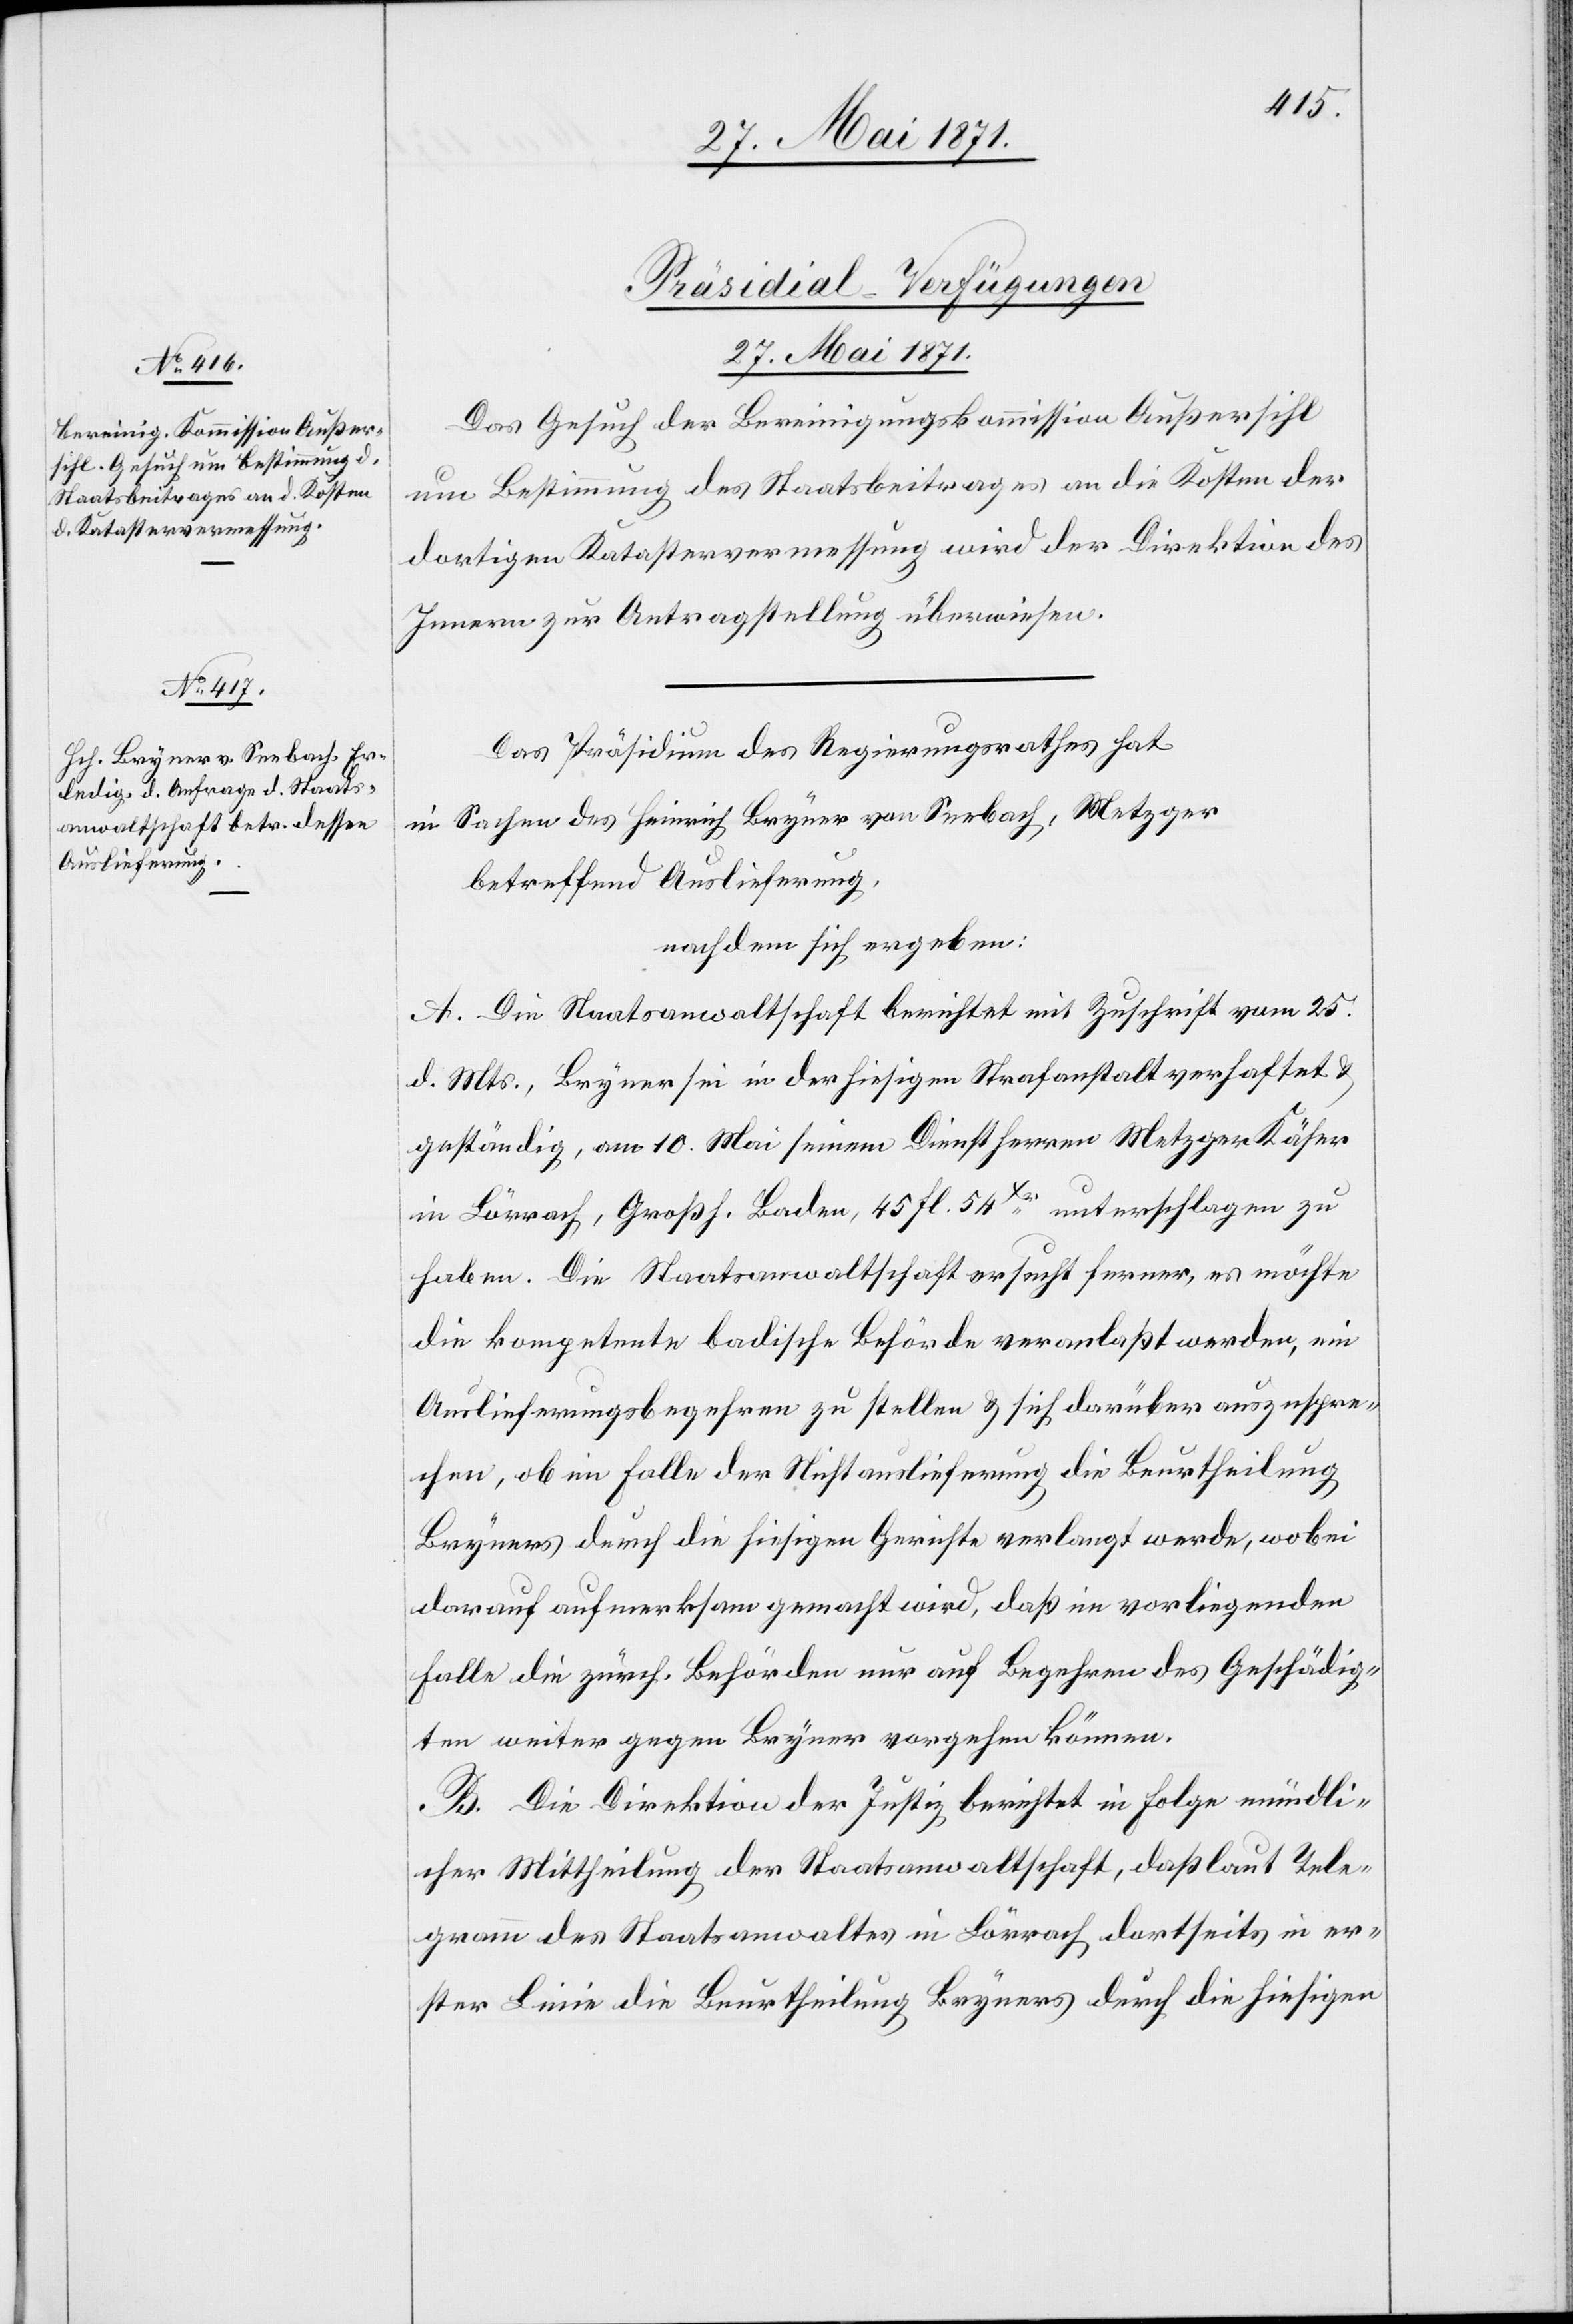
27. Mai 1871.]
[Präsidial-Verfügungen
27. Mai 1871.
Das Gesuch der Bereinigungskommission Außersihl
um Bestimmung des Staatsbeitrages an die Kosten der
dortigen Katastervermessung wird der Direktion des
Innern zur Antragstellung überwiesen.
Das Präsidium des Regierungsrathes hat
in Sachen des Heinrich Bryner von Seebach, Metzger
betreffend Auslieferung,
nach dem sich ergeben:
A. Die Staatsanwaltschaft berichtet mit Zuschrift vom 25.
d. Mts., Bryner sei in der hiesigen Strafanstalt verhaftet u.
geständig, am 10. Mai seinem Dienstherren Metzger Käfer
in Lörrach, Großh. Baden, 45 fl. 54Xr. unterschlagen zu
haben. Die Staatsanwaltschaft ersucht ferner, es möchte
die kompetente badische Behörde veranlaßt werden, ein
Auslieferungsbegehren zu stellen u. sich darüber auszuspre¬
chen, ob im Falle der Nichtauslieferung die Beurtheilung
Bryners durch die hiesigen Gerichte verlangt werde, wobei
darauf aufmerksam gemacht wird, daß im vorliegenden
Falle die zürch. Behörden nur auf Begehren des Geschädig¬
ten weiter gegen Bryner vorgehen können.
B. Die Direktion der Justiz berichtet in Folge mündli¬
cher Mittheilung der Staatsanwaltschaft, daß laut Tele¬
gramm des Staatsanwaltes in Lörrach dortseits in er¬
ster Linie die Beurtheilung Bryners durch die hiesigen